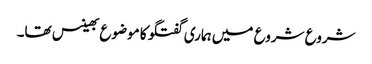
شروع شروع میں ہماری گفتگو کا موضوع بھینس تھا۔